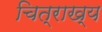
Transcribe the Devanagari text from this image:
चित्राख्य